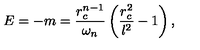
E = - m = \frac { r _ { c } ^ { n - 1 } } { \omega _ { n } } \left( \frac { r _ { c } ^ { 2 } } { l ^ { 2 } } - 1 \right) ,